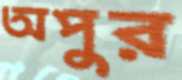
অপুর